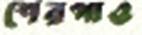
শেরপাও